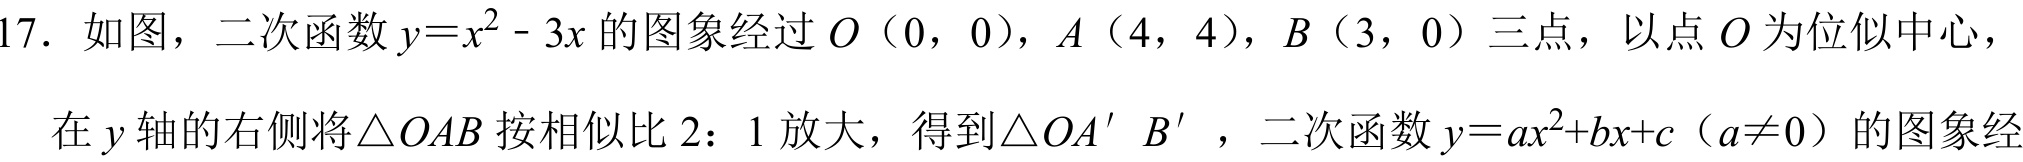
17. 如图，二次函数\(y = x^{2}-3x\)的图象经过\(O(0,0)\)，\(A(4,4)\)，\(B(3,0)\)三点，以点\(O\)为位似中心，在\(y\)轴的右侧将\(\triangle OAB\)按相似比\(2:1\)放大，得到\(\triangle OA'B'\)，二次函数\(y = ax^{2}+bx + c\)（\(a\neq0\)）的图象经